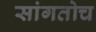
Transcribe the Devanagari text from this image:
सांगतोच